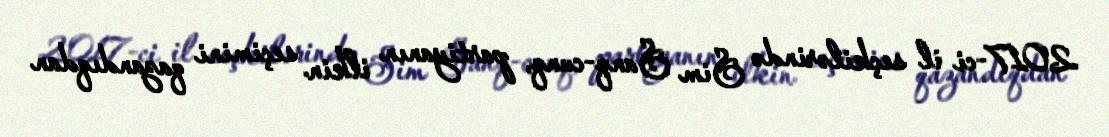
2017-ci il seçkilərində Sim Sanq-cunq, partiyanın ilkin seçimini qazandıqdan